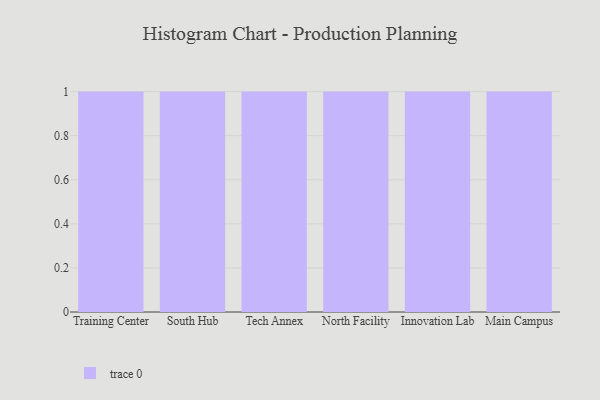
{"axis": {"x": "Campus", "y": "Active Users"}, "legend": [""], "data": [{"x": "Training Center", "y": 100, "type": ""}, {"x": "South Hub", "y": 10, "type": ""}, {"x": "Tech Annex", "y": 65, "type": ""}, {"x": "North Facility", "y": 74, "type": ""}, {"x": "Innovation Lab", "y": 43, "type": ""}, {"x": "Main Campus", "y": 19, "type": ""}]}